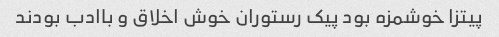
پیتزا خوشمزه بود پیک رستوران خوش اخلاق و باادب بودند